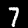
Digit: 7